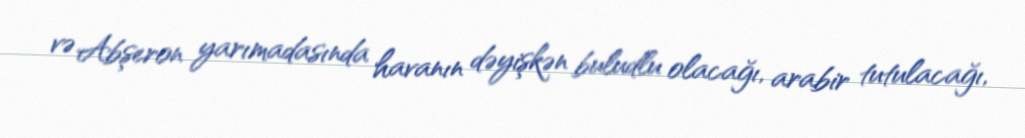
və Abşeron yarımadasında havanın dəyişkən buludlu olacağı, arabir tutulacağı,